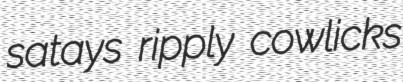
satays ripply cowlicks